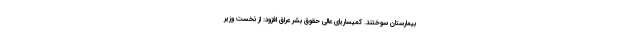
بیمارستان سوختند. کمیساریای عالی حقوق بشر عراق افزود: از نخست وزیر